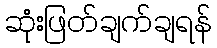
ဆုံးဖြတ်ချက်ချရန်